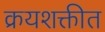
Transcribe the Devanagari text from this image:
क्रयशक्तीत